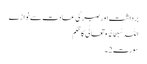
برداشت اور صبر کی عادت سے نوازے
اللہ سُبحانُہُ و تعالٰی کا حُکم
سورت 2 ۔